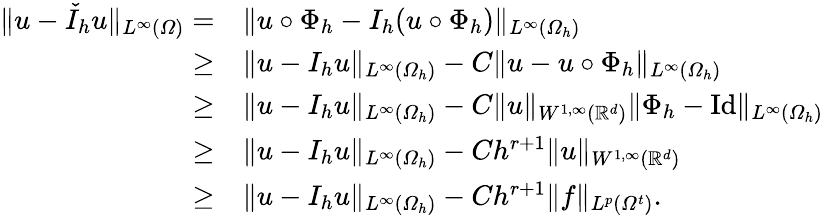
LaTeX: \begin{array}{rl}{\| u-\check{I}_{h}u\| _{L^{\infty}(\varOmega)}=}&{\| u\circ\Phi_{h}-I_{h}(u\circ\Phi_{h})\| _{L^{\infty}(\varOmega_{h})}}\\ {\geq}&{\| u-I_{h}u\| _{L^{\infty}(\varOmega_{h})}-C\| u-u\circ\Phi_{h}\| _{L^{\infty}(\varOmega_{h})}}\\ {\geq}&{\| u-I_{h}u\| _{L^{\infty}(\varOmega_{h})}-C\| u\| _{W^{1,\infty}(\mathbb{R}^{d})}\| \Phi_{h}-\mathrm{Id}\| _{L^{\infty}(\varOmega_{h})}}\\ {\geq}&{\| u-I_{h}u\| _{L^{\infty}(\varOmega_{h})}-Ch^{r+1}\| u\| _{W^{1,\infty}(\mathbb{R}^{d})}}\\ {\geq}&{\| u-I_{h}u\| _{L^{\infty}(\varOmega_{h})}-Ch^{r+1}\| f\| _{L^{p}(\varOmega^{t})}.}\end{array}